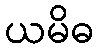
ယမိဓ